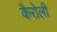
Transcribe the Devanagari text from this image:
कैरोली